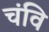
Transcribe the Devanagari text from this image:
चंवि